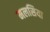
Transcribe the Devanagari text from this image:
मलसिया